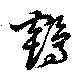
鶴